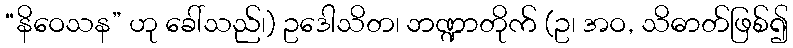
“နိဝေသန” ဟု ခေါ်သည်၊) ဥဒေါသိတ၊ ဘဏ္ဍာတိုက် (ဥ၊ အဝ, သိဓာတ်ဖြစ်၍